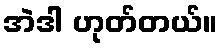
အဲဒါ ဟုတ်တယ်။